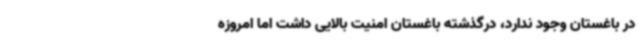
در باغستان وجود ندارد، درگذشته باغستان امنیت بالایی داشت اما امروزه